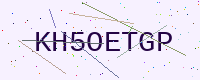
Text: KH5OETGP